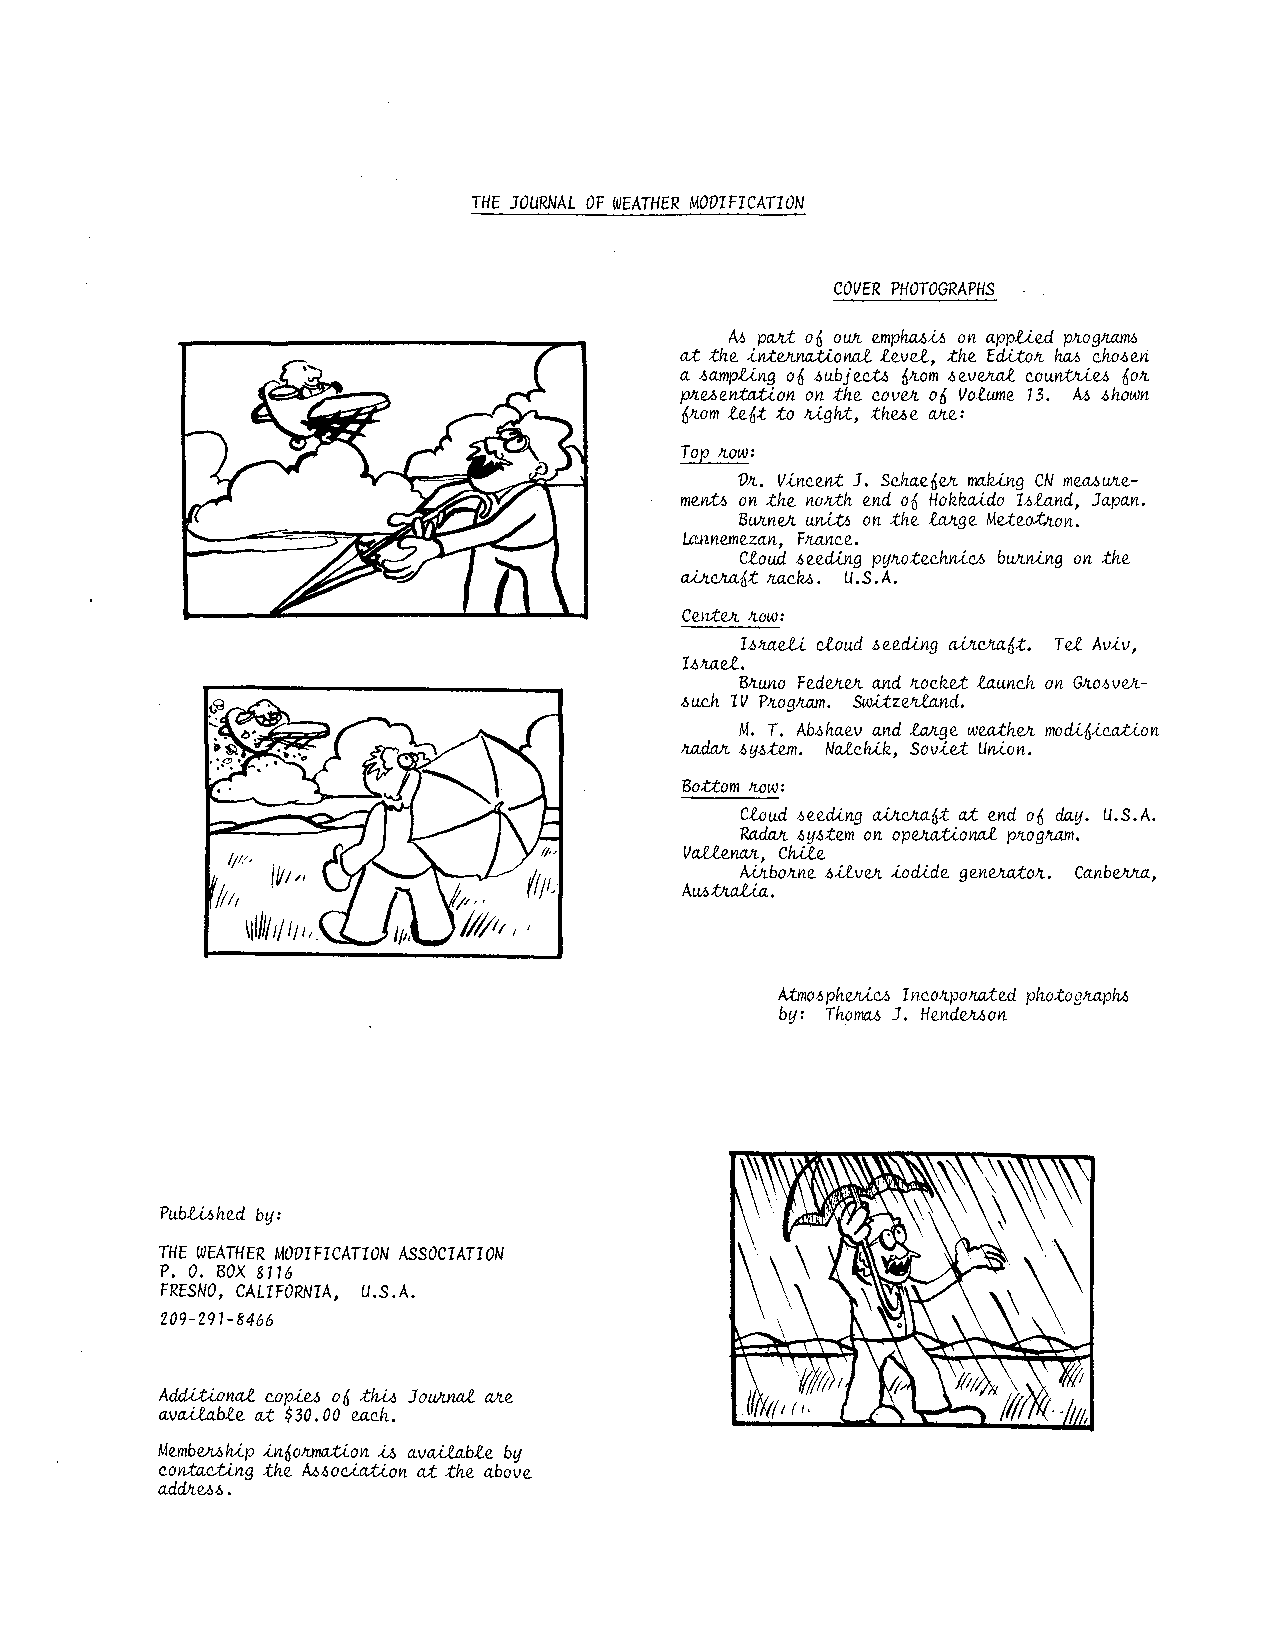
THEJOURNALO F WEATHERM ODIFICATION
 COVERPHOTOGRAPHS
 As pa~ of o~ emphas~s on applied programs
 at the international level, the Editor has chosen
 a sampling of subjects from several countri~ for
 present, on on the cover of Volume 13. AS shown
 from left to right, thee are:
 Top row:
 Dr. Vincent J. Schaefer making CN meas~e-
 ments on the north end of Hokk~do Island, Japan.
 B~n~ unit~ on the large Meteo~on.
 ~nemezan, France.
 Cloud seeding pyrotechnics b~ning on the
 ~aft racK. U.S.A.
 CeJ~er row:
 Israeli ~oud seeding ~ircraft. Tel Av~v,
 Isra~.
 Bruno Federer and rock~ launch on Grosver-
 such IV Program. Switzerland.
 M. T. Abshaev and l~ge weather modification
 rad~ system. N~c~k, Sovi~ Union.
 Bottom row:
 Cloud seeding air~raft at end of day. U.S.A.
 Radar system on operatio~ program.
 V~e~, C~e
 A~borne silver iodide generator. Canberra,
 A~t~.
 Atmosph~i~ Incorporated photograph~
 by: Thom~ J. Hend~on
 Published by:
 THE WEATHERM ODIFICATIONA SSOCIATION
 P. O. BOX 8116
 FRESNOC, ALIFORNIA, U.S.A.
 209-291-8466
 Add~on~ copi~ of t~ Jo~n~ ~e
 available at $30.00 each.
 Membe~p information is available by
 conta~ng the Asso~tion at the above
 addr~s.